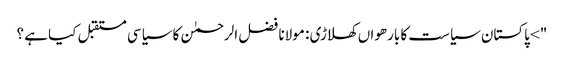
"> پاکستان سیاست کا بارھواں کھلاڑی : مولانا فضل الرحمٰن کا سیاسی مستقبل کیا ہے ؟